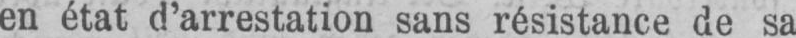
en état d’arrestation sans résistance de sa